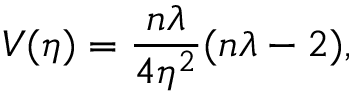
V ( \eta ) = \frac { n \lambda } { 4 \eta ^ { 2 } } ( n \lambda - 2 ) ,